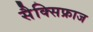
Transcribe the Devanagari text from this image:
सैक्सिफ्राज